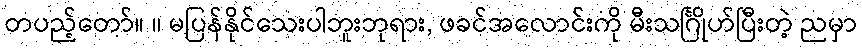
တပည့်တော်။ ။ မပြန်နိုင်သေးပါဘူးဘုရား, ဖခင်အလောင်းကို မီးသင်္ဂြိုဟ်ပြီးတဲ့ ညမှာ